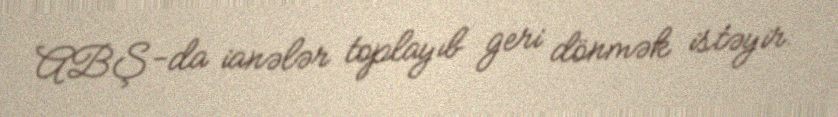
ABŞ-da ianələr toplayıb geri dönmək istəyir.